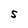
Character: S